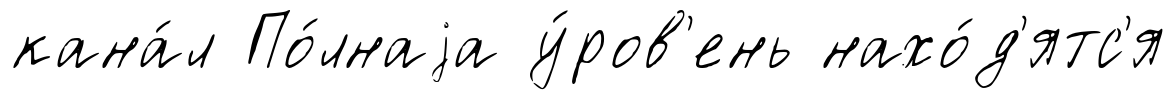
кана́л По́лнаjа у́ров'ень нахо́д'ятс'я